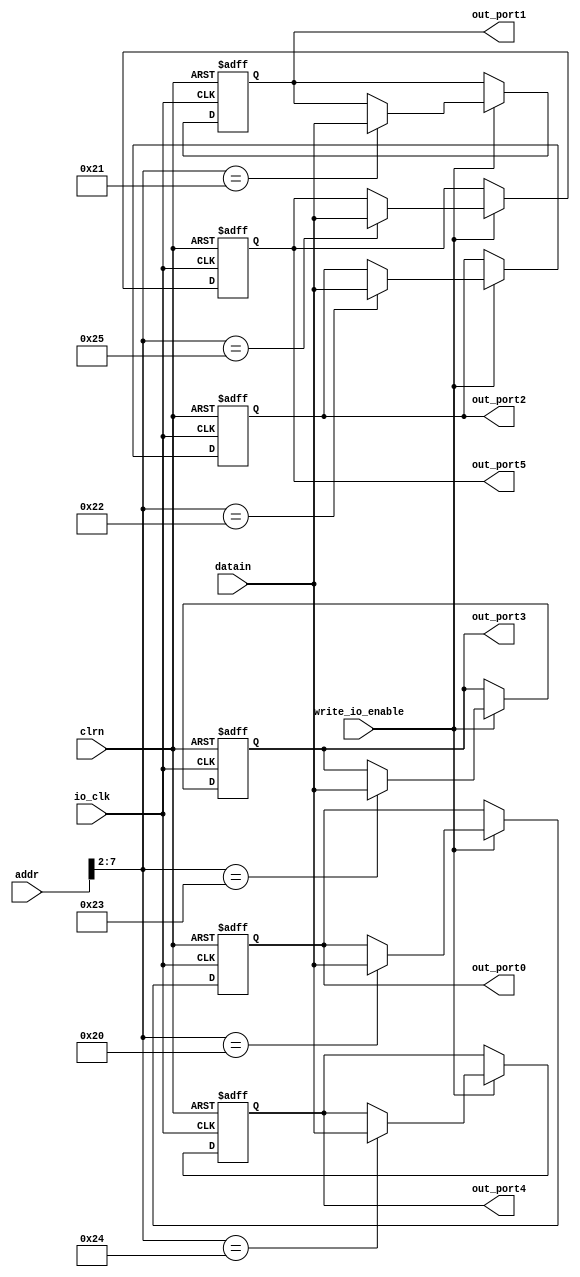
module io_output_reg(addr,datain,write_io_enable,io_clk,clrn,out_port0,out_port1,out_port2,out_port3,out_port4,out_port5);
	
	input		[31:0]	addr,datain;
	input				write_io_enable,io_clk;
	input				clrn;
	
	output	[31:0]	out_port0,out_port1,out_port2,out_port3,out_port4,out_port5;
	
	reg		[31:0]	out_port0,out_port1,out_port2,out_port3,out_port4,out_port5;
	
	always @(posedge io_clk or negedge clrn)
		begin
			if(clrn == 0)
				begin
					out_port0 <= 0;
					out_port1 <= 0;
					out_port2 <= 0;
					out_port3 <= 0;
					out_port4 <= 0;
					out_port5 <= 0;
				end
			else
				begin
					if(write_io_enable == 1)
						case(addr[7:2])
							6'b100000: out_port0 <= datain;
							6'b100001: out_port1 <= datain;
							6'b100010: out_port2 <= datain;
							6'b100011: out_port3 <= datain;
							6'b100100: out_port4 <= datain;
							6'b100101: out_port5 <= datain;
						endcase
				end			
		end

endmodule